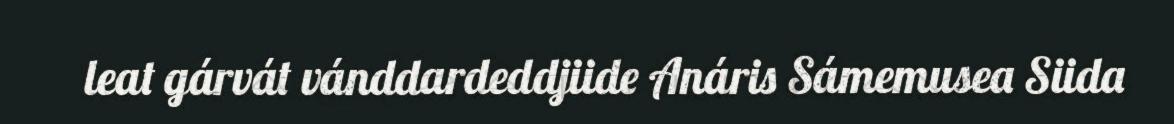
leat gárvát vánddardeddjiide Anáris Sámemusea Siida